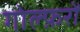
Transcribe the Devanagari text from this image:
गोल्फ़रों